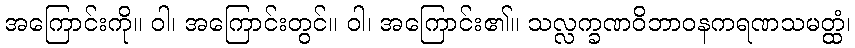
အကြောင်းကို။ ဝါ၊ အကြောင်းတွင်။ ဝါ၊ အကြောင်း၏။ သလ္လက္ခဏဝိဘာဝနကရဏသမတ္ထံ၊